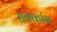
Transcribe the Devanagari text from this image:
हक्कांस